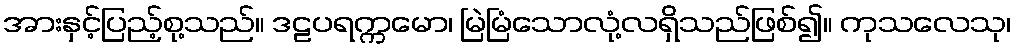
အားနှင့်ပြည့်စု့သည်။ ဒဠပရက္ကမော၊ မြဲမြံသောလုံ့လရှိသည်ဖြစ်၍။ ကုသလေသု၊